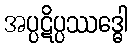
အပ္ပဋိပ္ပဿဒ္ဓေါ